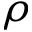
\rho